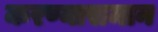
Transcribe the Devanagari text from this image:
करण्यासमान